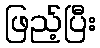
ဖြည့်ပြီး